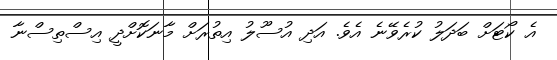
އެ ކޯޓަށް ބަދަލު ކުރެވޭނެ އެވެ. އަދި އުސޫލު އިތުރަށް މާނަކޮށްދީ އިސްތިސްނާ